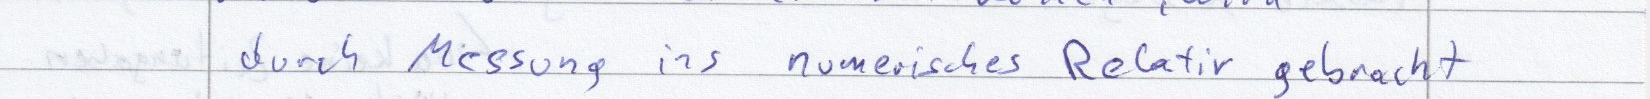
durch Messung ins numerische Relativ gebracht